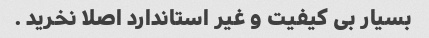
بسیار بی کیفیت و غیر استاندارد اصلا نخرید .